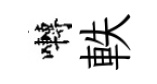
囀軼